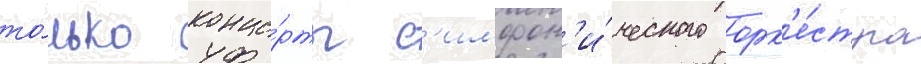
то́лько конце́рты с'имфон'и́ческого орк'е́стра